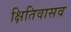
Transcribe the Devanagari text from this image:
क्षितिवासव